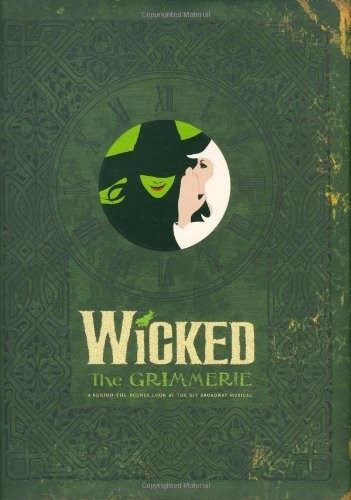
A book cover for Wicked: The Grimmerie, a Behind-the-Scenes Look at the Hit Broadway Musical; David Cote; Humor & Entertainment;